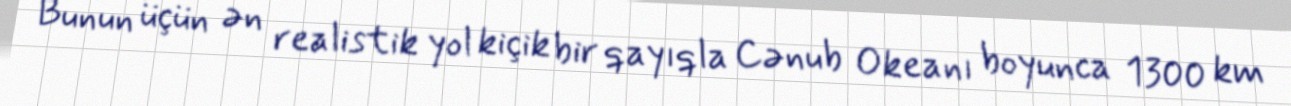
Bunun üçün ən realistik yol kiçik bir qayıqla Cənub Okeanı boyunca 1300 km